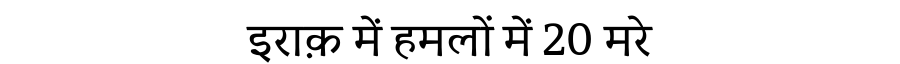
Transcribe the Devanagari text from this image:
इराक़ में हमलों में 20 मरे